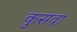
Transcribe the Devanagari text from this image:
कुसवा